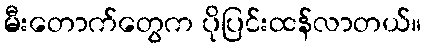
မီးတောက်တွေက ပိုပြင်းထန်လာတယ်။